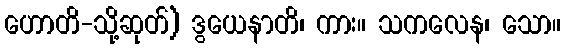
ဟောတိ-သို့ဆုတ်) ဒွယေနာတိ၊ ကား။ သကလေန၊ သော။